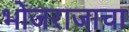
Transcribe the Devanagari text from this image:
भोजराजाचा